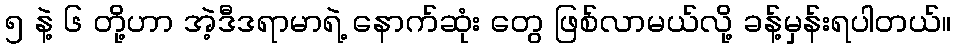
၅ နဲ့ ၆ တို့ဟာ အဲ့ဒီဒရာမာရဲ့ နောက်ဆုံး တွေ ဖြစ်လာမယ်လို့ ခန့်မှန်းရပါတယ်။